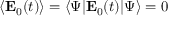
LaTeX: \langle \mathbf { E } _ { 0 } ( t ) \rangle = \langle \Psi | \mathbf { E } _ { 0 } ( t ) | \Psi \rangle = 0